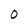
Character: O